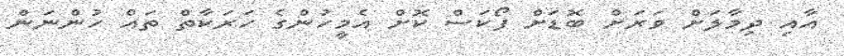
އާއި ދިމާލަށް ވަރަށް ބޮޑަށް ފޯކަސް ކޮށް އެމީހުންގެ ހަރަކާތް ތައް ހުންނަން